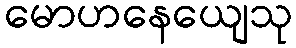
မောဟနေယျေသု